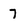
Character: 7